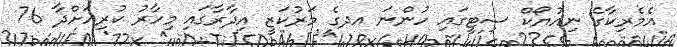
އެމެރިކާގެ ނިއުޔޯކް ސިޓީގައި ހުންނަ އދގެ މަރުކަޒީ އިދާރާގައި މިހާރު ކުރިއަށްދާ 76